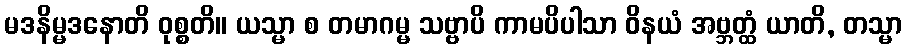
မဒနိမ္မဒနောတိ ဝုစ္စတိ။ ယသ္မာ စ တမာဂမ္မ သဗ္ဗာပိ ကာမပိပါသာ ဝိနယံ အဗ္ဘတ္ထံ ယာတိ, တသ္မာ